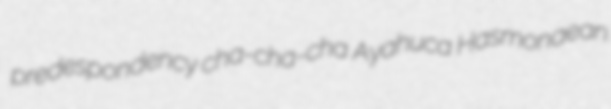
predespondency cha-cha-cha Ayahuca Hasmonaean